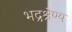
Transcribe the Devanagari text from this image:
भद्रश्रेण्य